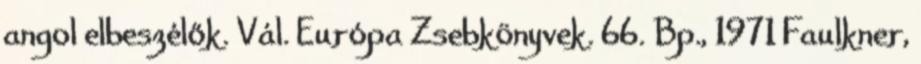
angol elbeszélők. Vál. Európa Zsebkönyvek. 66. Bp., 1971 Faulkner,